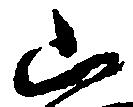
山